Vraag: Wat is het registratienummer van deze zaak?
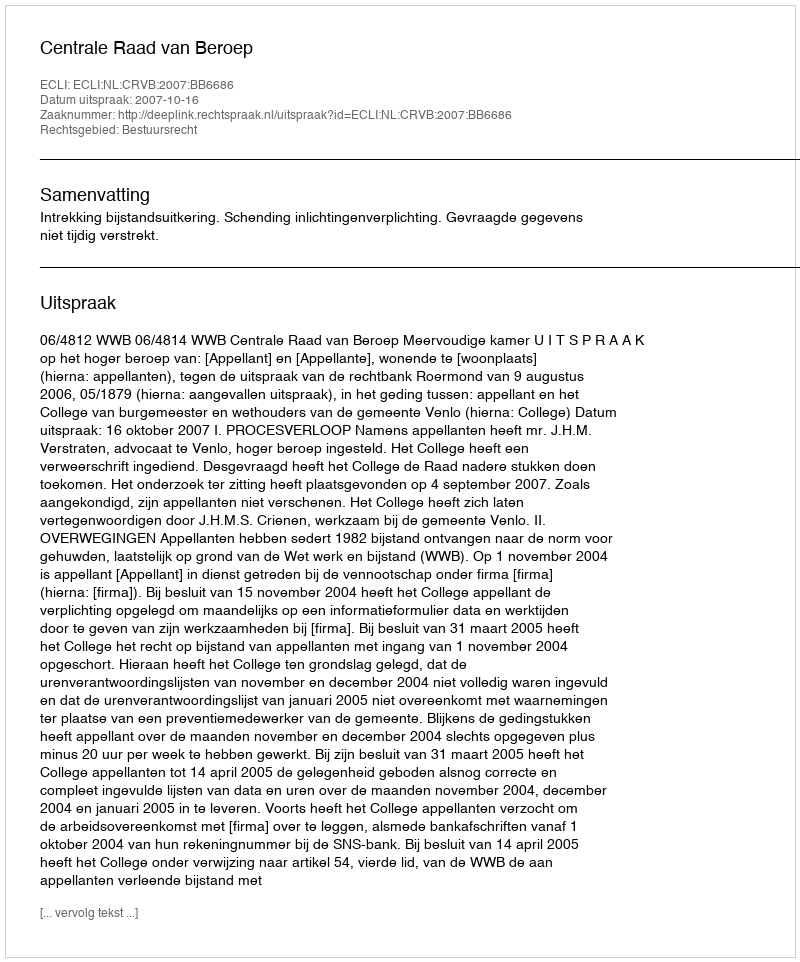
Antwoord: http://deeplink.rechtspraak.nl/uitspraak?id=ECLI:NL:CRVB:2007:BB6686